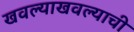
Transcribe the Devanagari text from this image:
खवल्याखवल्याची